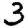
Digit: 3